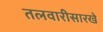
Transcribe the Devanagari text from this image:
तलवारीसारखे